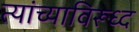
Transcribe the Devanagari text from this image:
त्यांच्याविरूध्द